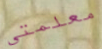
معلمتي